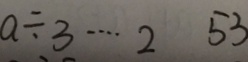
a \div 3 \cdots 2 5 3